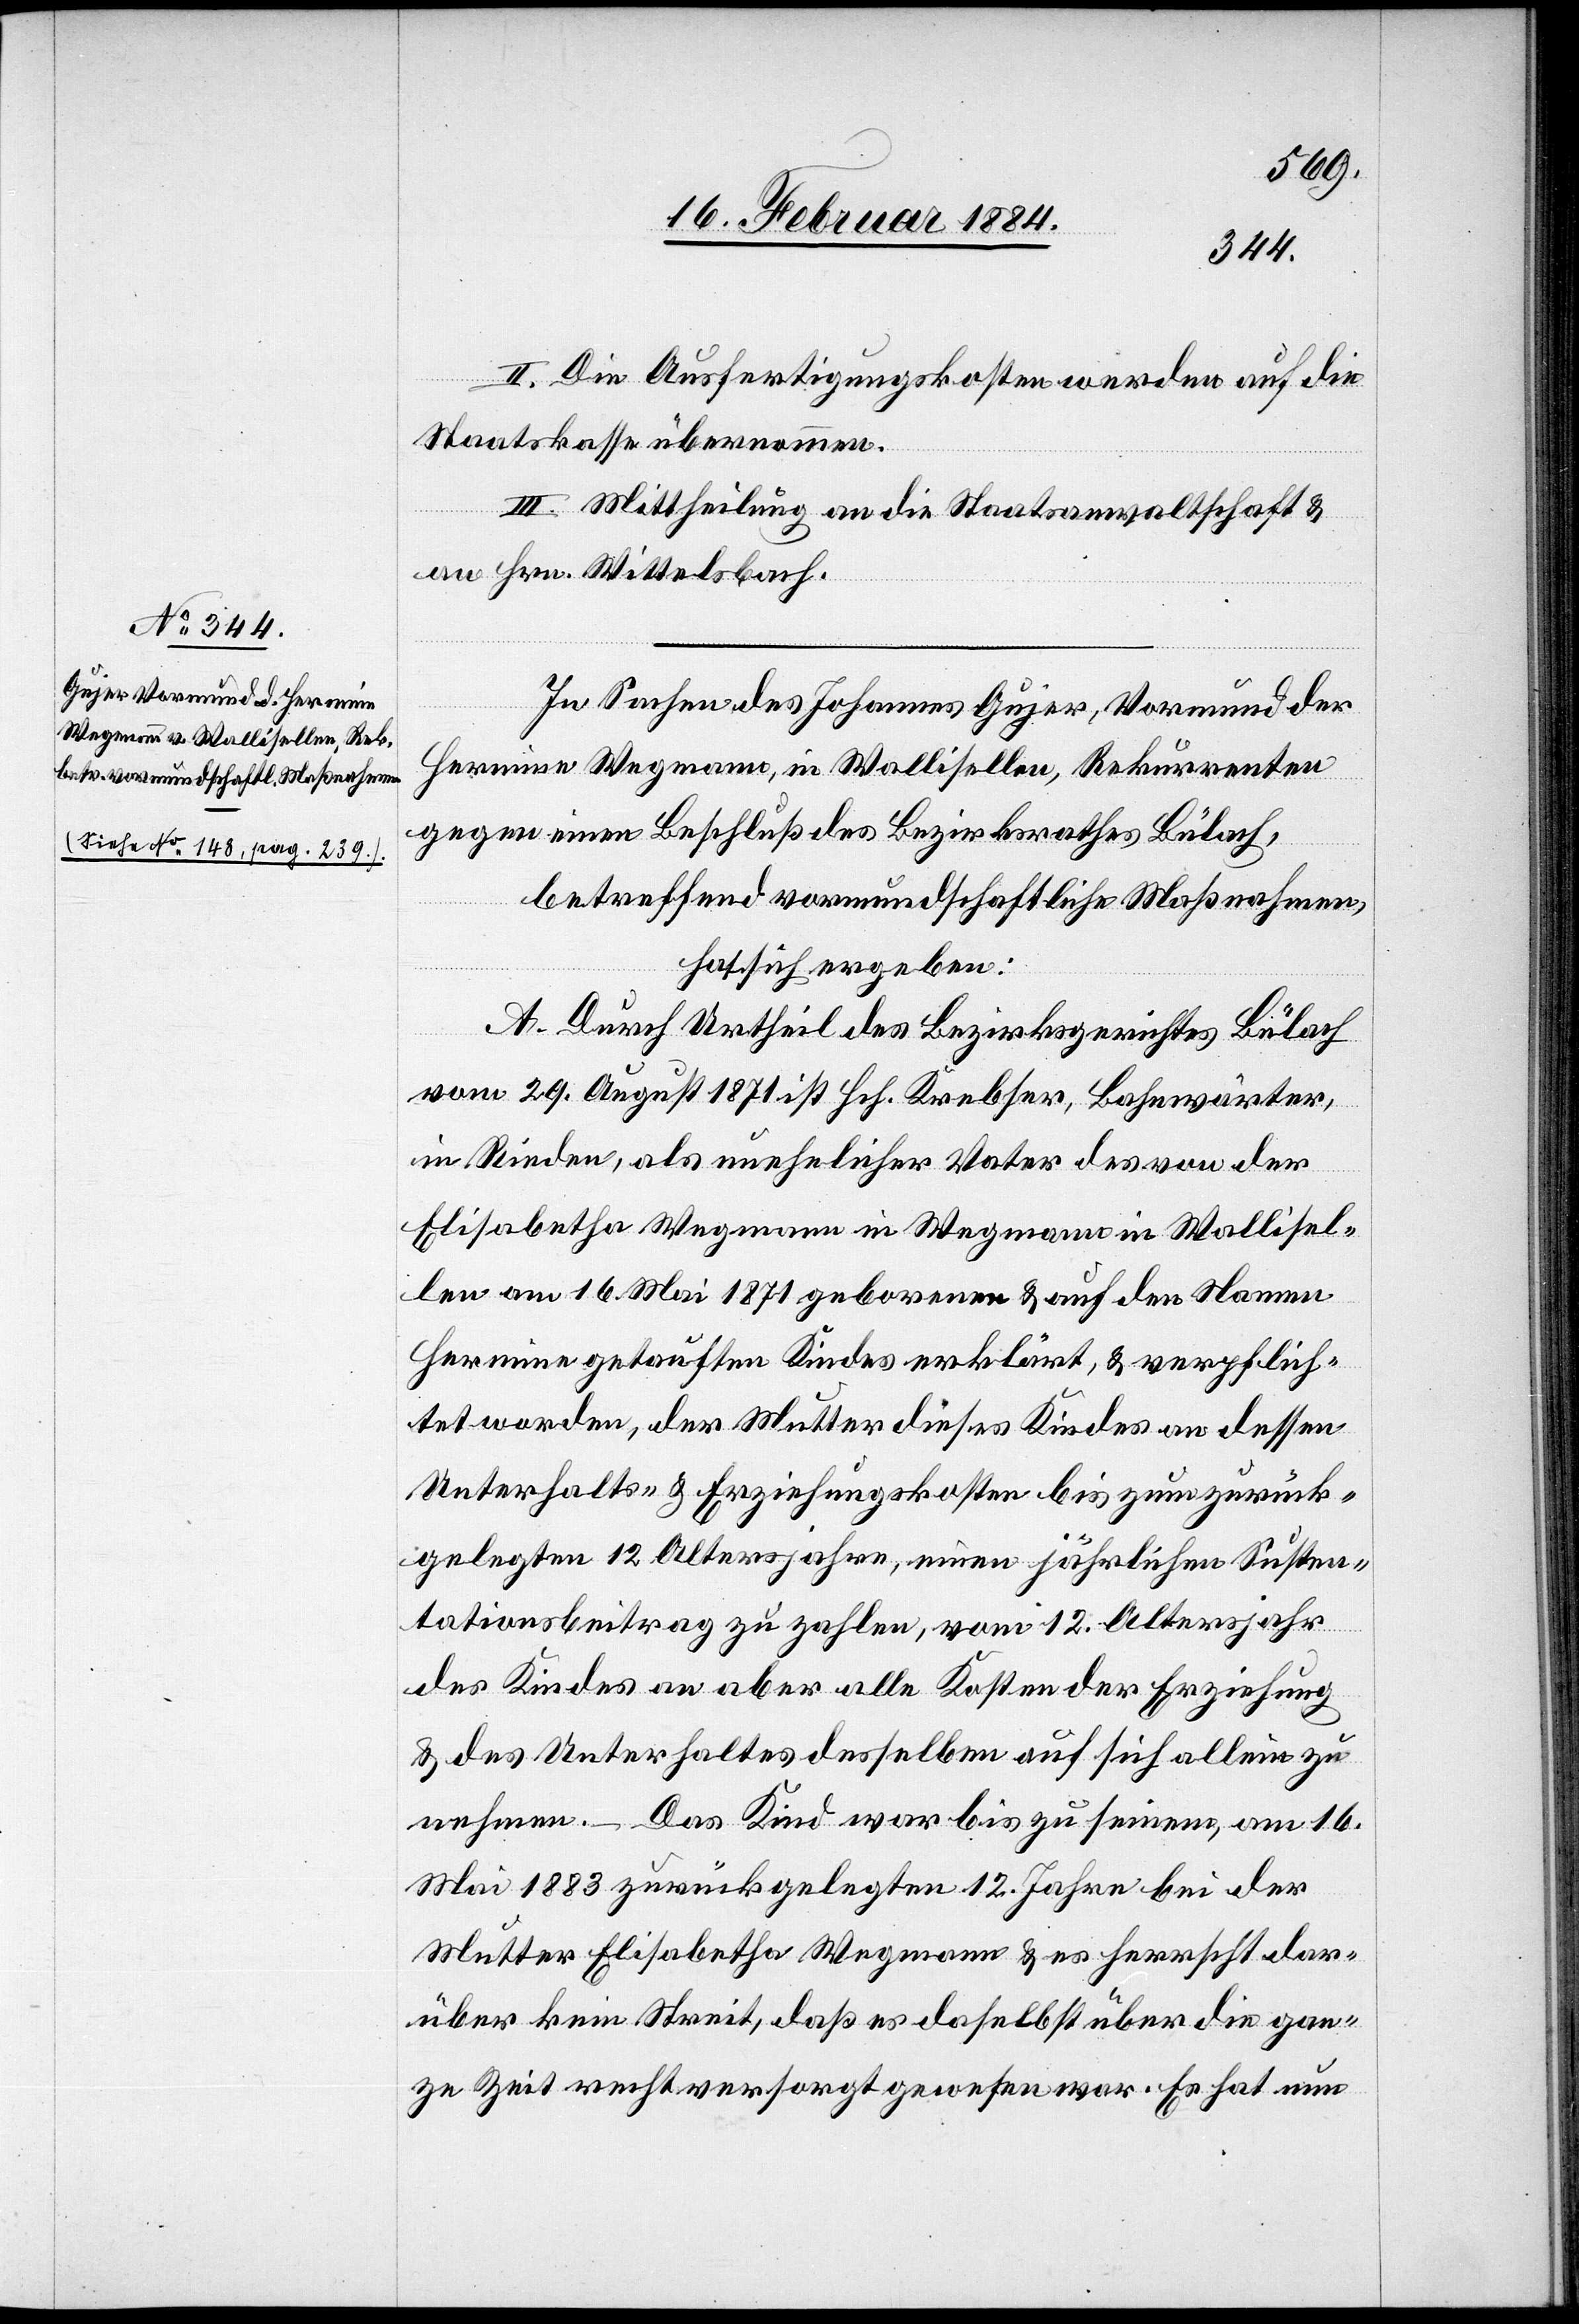
II. Die Ausfertigungskosten werden auf die
Staatskasse übernommen.
III. Mittheilung an die Staatsanwaltschaft &
an Hrn. Wittelsbach.